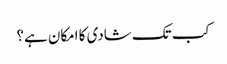
کب تک شادی کا امکان ہے؟